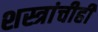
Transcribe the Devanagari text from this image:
शस्त्रांचीही